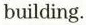
building.